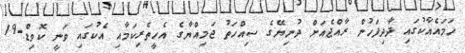
ހަމައެއާކުގައި ދާދިފަހުން ރާއްޖެއަށް ދުނިޔޭގެ ސިއްހަތު ޖަމިއްޔާގެ އެހީތެރިކަމާއި އެކުގައި ވަނީ ކޮވިޑް-19